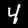
Digit: 4